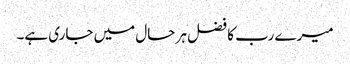
میرے رب کا فضل ہر حال میں جاری ہے۔